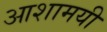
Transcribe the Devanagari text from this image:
आशामयी